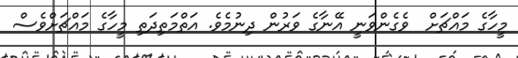
މީހާގެ މައްޗަށް  ވެގެންވަނީ އޭނާގެ ވަރުން ދިނުމެވެ. އަތްމަތިދަތި މީހާގެ މައްޗަށްވެސް